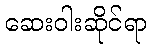
ဆေးဝါးဆိုင်ရာ